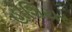
હોશિયર